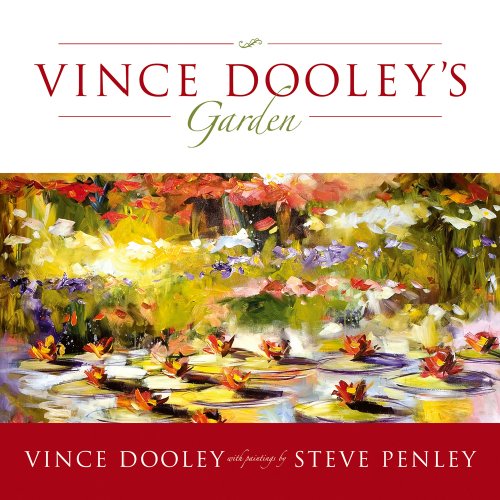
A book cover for Vince Dooley's Garden: A Horticultural Journey of a Football Coach; Vince Dooley; Crafts, Hobbies & Home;